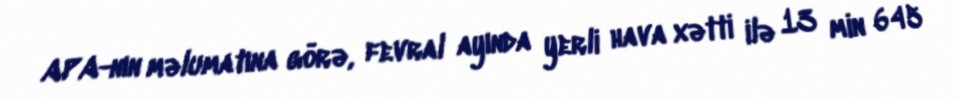
APA-nın məlumatına görə, fevral ayında yerli hava xətti ilə 13 min 645